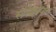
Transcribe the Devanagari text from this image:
सर्वशून्यता